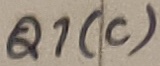
Text: Q1(C)